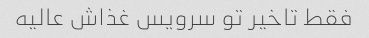
فقط تاخیر تو سرویس غذاش عالیه